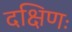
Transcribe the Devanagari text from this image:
दक्षिणः